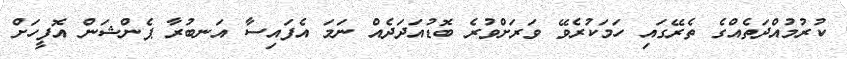
ކުރުމުއްދަތެއްގެ ތެރޭގައި ހަމަކުރެވޭ ވަރަށްވުރެ ބޮޑުއަދަދެއް ނަމަ އެފައިސާ އަނބުރާ ޕެންޝަން އޮފީހަށް